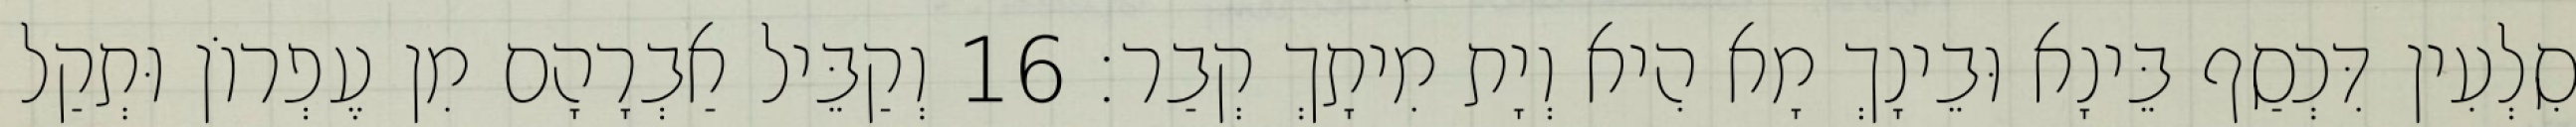
סִלְעִין דִּכְסַף בֵּינָא וּבֵינָךְ מָא הִיא וְיָת מִיתָךְ קְבַר׃ 16 וְקַבֵּיל אַבְרָהָם מִן עֶפְרוֹן וּתְקַל